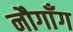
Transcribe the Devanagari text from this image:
नौगाँग